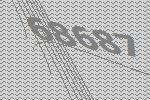
68687